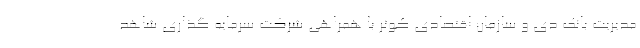
مدیریت بانک دی و سازمان اقتصادی کوثر با همراهی شرکت سرمایه گذاری شاهد